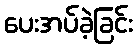
ပေးအပ်ခဲ့ခြင်း